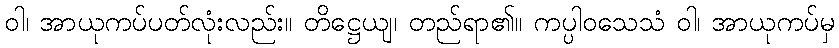
ဝါ၊ အာယုကပ်ပတ်လုံးလည်း။ တိဋ္ဌေယျ၊ တည်ရာ၏။ ကပ္ပါဝသေသံ ဝါ၊ အာယုကပ်မှ